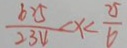
\frac { 6 2 5 } { 2 3 4 } < x < \frac { 2 5 } { 6 }